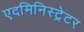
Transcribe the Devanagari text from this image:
एदमिनिस्ट्रेटर